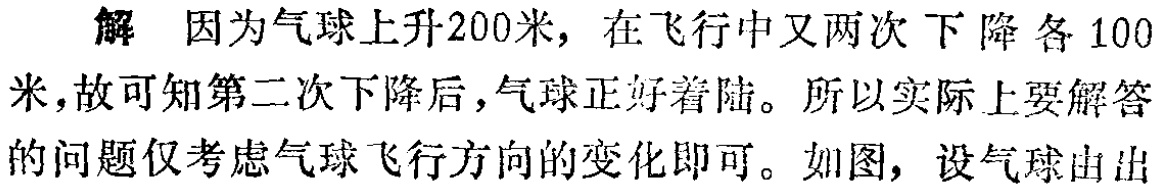
解 因为气球上升200米，在飞行中又两次下降各100米，故可知第二次下降后，气球正好着陆。所以实际上要解答的问题仅考虑气球飞行方向的变化即可。如图，设气球由出